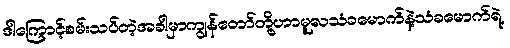
ဒါကြောင့်စမ်းသပ်တဲ့အခါမှာကျွန်တော်တို့ဟာမူလသံခမောက်နဲ့သံခမောက်ရဲ့